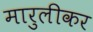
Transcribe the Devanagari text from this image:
मारुलीकर